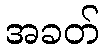
အခတ်